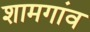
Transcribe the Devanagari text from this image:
शामगांव